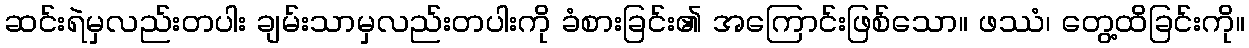
ဆင်းရဲမှလည်းတပါး ချမ်းသာမှလည်းတပါးကို ခံစားခြင်း၏ အကြောင်းဖြစ်သော။ ဖဿံ၊ တွေ့ထိခြင်းကို။